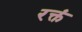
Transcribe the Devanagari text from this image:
रक्तं